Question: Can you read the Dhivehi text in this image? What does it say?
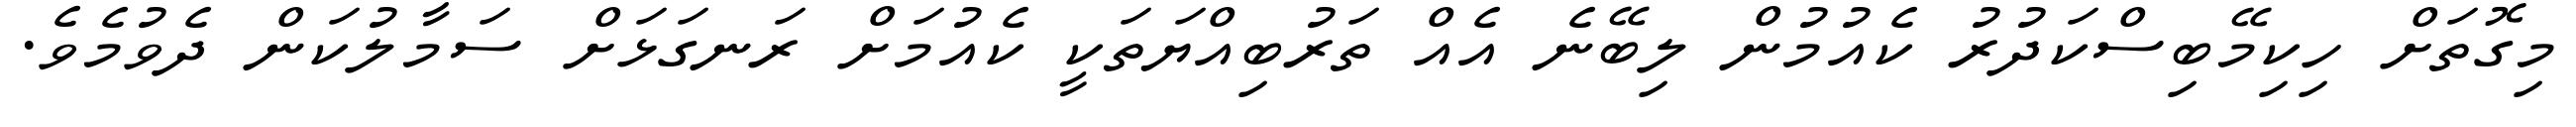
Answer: މިގޮތަށް ހިކިމޭބިސްކަދުރު ކެއުމުން ލިބޭނެ އެއް ތަރުބިއްޔަތަކީ ކެއުމަށް ރަނގަޅަށް ސަމާލުކަން ދެވުމެވެ.